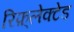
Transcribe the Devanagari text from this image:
रिफ़्लेक्टेड